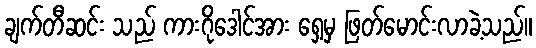
ချက်တီဆင်း သည် ကားဂိုဒေါင်အား ရှေ့မှ ဖြတ်မောင်းလာခဲ့သည်။